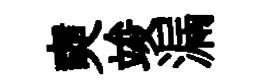
奭竣漏